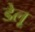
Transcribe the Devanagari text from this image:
डेलू